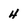
Character: 4